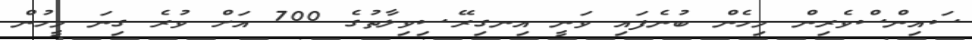
ސައިންސްވެރިން މިހެން ބުނެފައި ވަނީ އިނގިރޭސިވިލާތުގެ 700 އަށް ވުރެ ގިނަ މީހުން